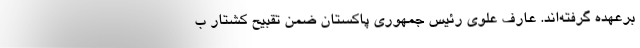
برعهده گرفته‌اند. عارف علوی رئیس جمهوری پاکستان ضمن تقبیح کشتار ب